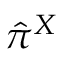
\hat { \pi } ^ { X }